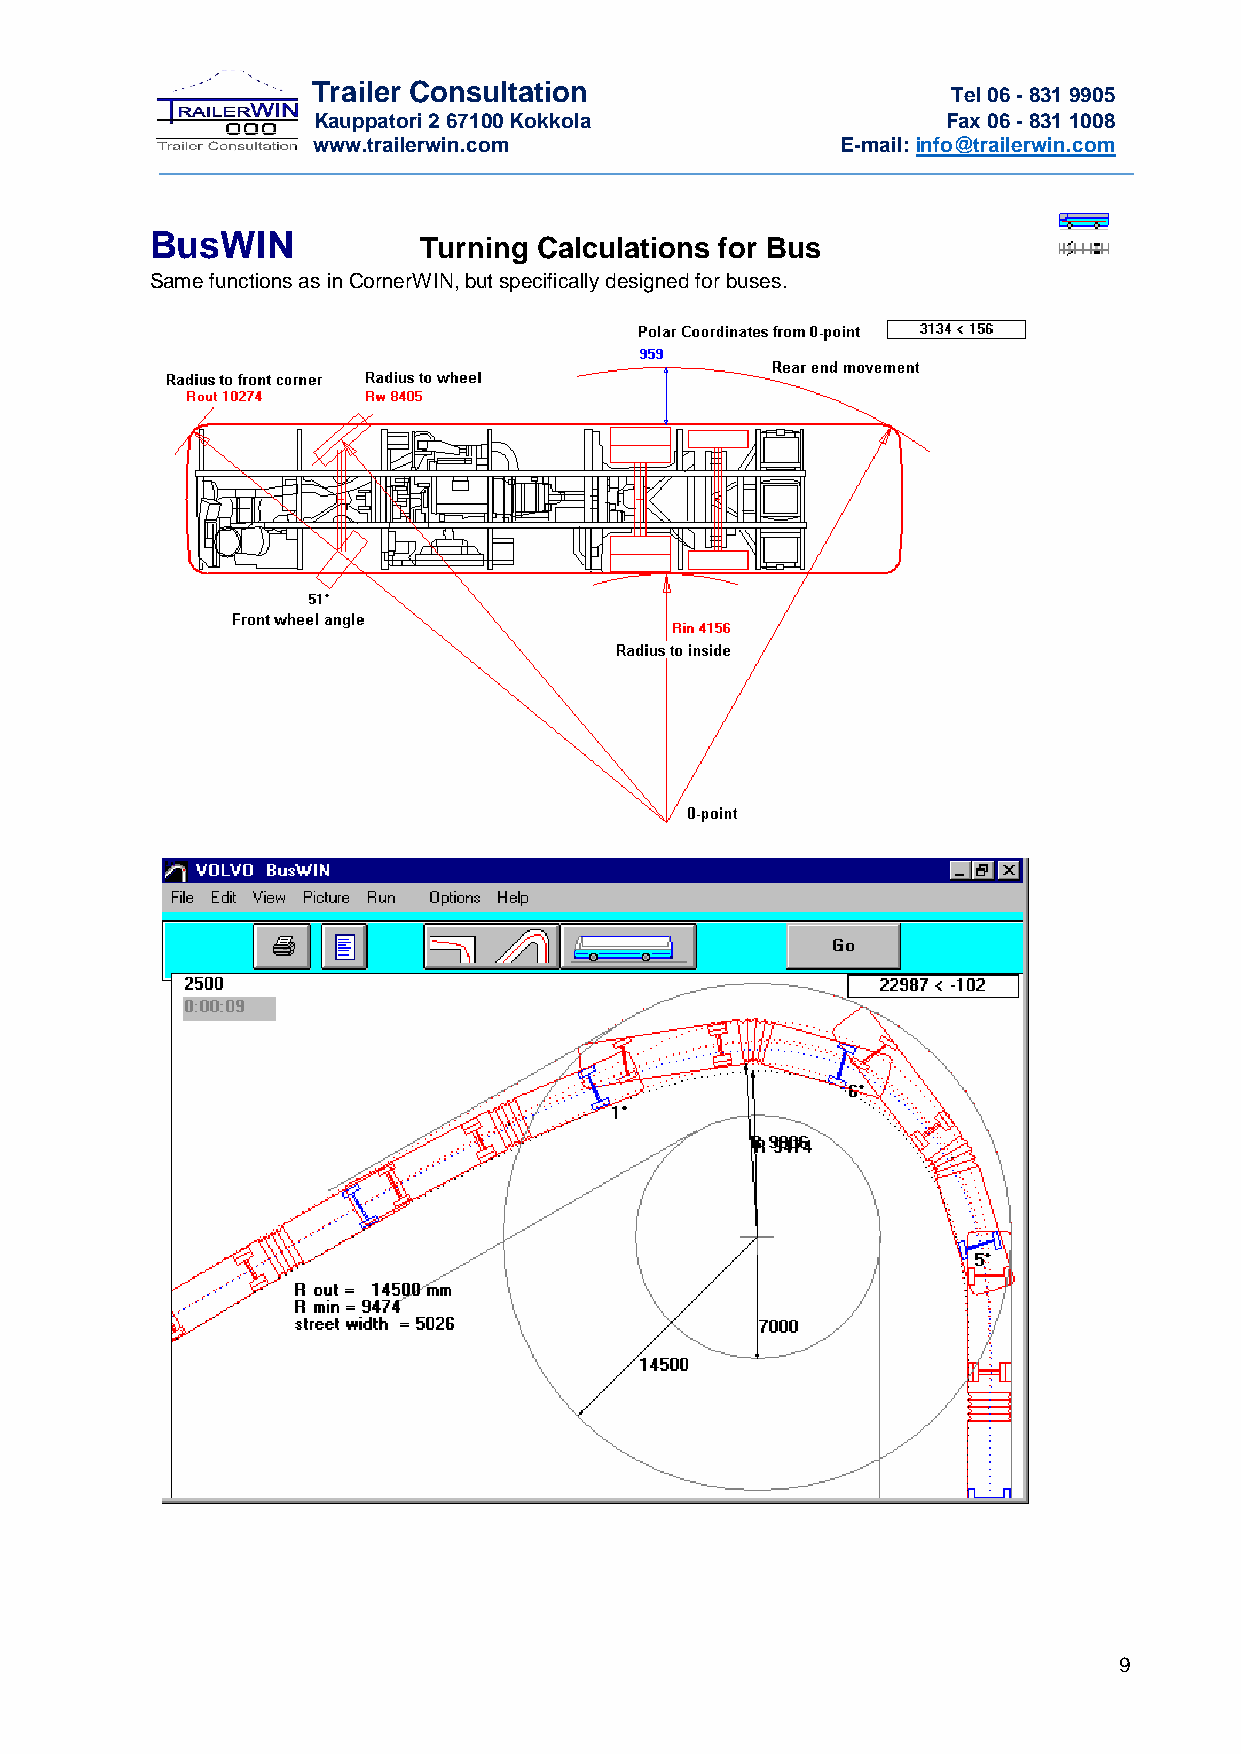
Trailer Consultation                      Tel 06 - 831 9905
 Kauppatori 2 67100 Kokkola                Fax 06 - 831 1008
 www.trailerwin.com                 E-mail: info@trailerwin.com
 BusWIN            Turning Calculations for Bus
 Same functions as in CornerWIN, but specifically designed for buses.
 9